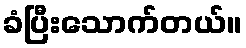
ခံပြီးသောက်တယ်။